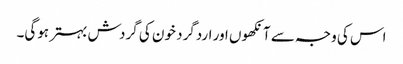
اس کی وجہ سے آنکھوں اور اردگرد خون کی گردش بہتر ہوگی۔